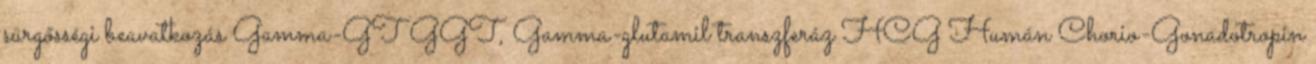
sürgősségi beavatkozás Gamma-GT GGT, Gamma-glutamil transzferáz HCG Humán Chorio-Gonadotropin